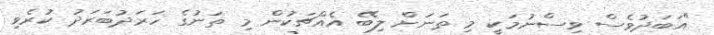
"އަބަދުވެސް ވިސްނުމަކީ މި ތަނަށް ލިބޭ އެއްޗަކުން މި ތަނުގެ ހަރަދުބަރަދު ކުރެވި